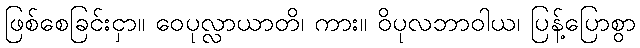
ဖြစ်စေခြင်းငှာ။ ဝေပုလ္လာယာတိ၊ ကား။ ဝိပုလဘာဝါယ၊ ပြန့်ပြောစွာ